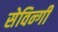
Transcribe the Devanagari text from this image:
सेविन्गी